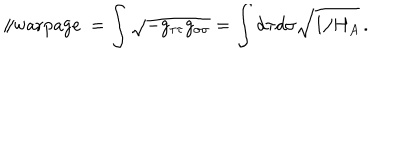
LaTeX: \parallel \mathrm { w a r p a g e \ } = \int \sqrt { - g _ { \tau \tau } g _ { \sigma \sigma } } = \int d \tau d \sigma \sqrt { 1 / H _ { A } } \, .